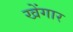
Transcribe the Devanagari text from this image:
खेंगार